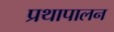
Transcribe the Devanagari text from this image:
प्रथापालन